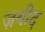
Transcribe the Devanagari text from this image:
ज़बीद